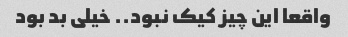
واقعا این چیز کیک نبود.. خیلی بد بود